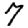
Digit: 7